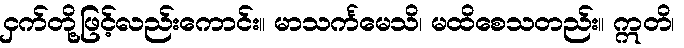
ငှက်တို့ဖြင့်လည်းကောင်း။ မာသင်္ကမေသိ၊ မထိစေသတည်း။ ဣတိ၊